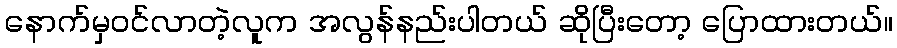
နောက်မှဝင်လာတဲ့လူက အလွန်နည်းပါတယ် ဆိုပြီးတော့ ပြောထားတယ်။